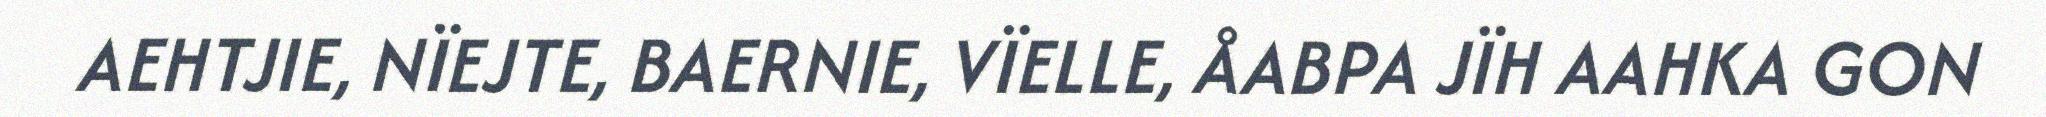
AEHTJIE, NÏEJTE, BAERNIE, VÏELLE, ÅABPA JÏH AAHKA GON